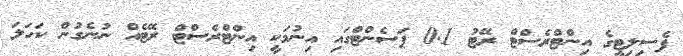
ފެސިލިޓީގެ އިންޓްރެސްޓް ރޭޓު 0.1 ޕަސެންޓްގައި އިނުމަކީ އިންޓްރެސްޓް ރޭޓެއް ނުނެގުން ކަހަލަ